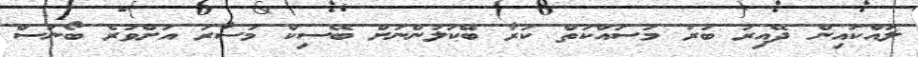
ލައްކައިން ދޭއިރު ބުރަ މަސައްކަތް ކުރާ ބޭކަލުންނަށް ބޭސިކް މުސާރަ އަށްވުރެ ބޯނަސް